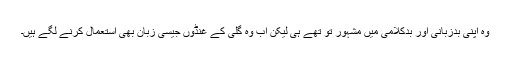
وہ اپنی بدزبانی اور بدکلامی میں مشہور تو تھے ہی لیکن اب وہ گلی کے غنڈوں جیسی زبان بھی استعمال کرنے لگے ہیں۔